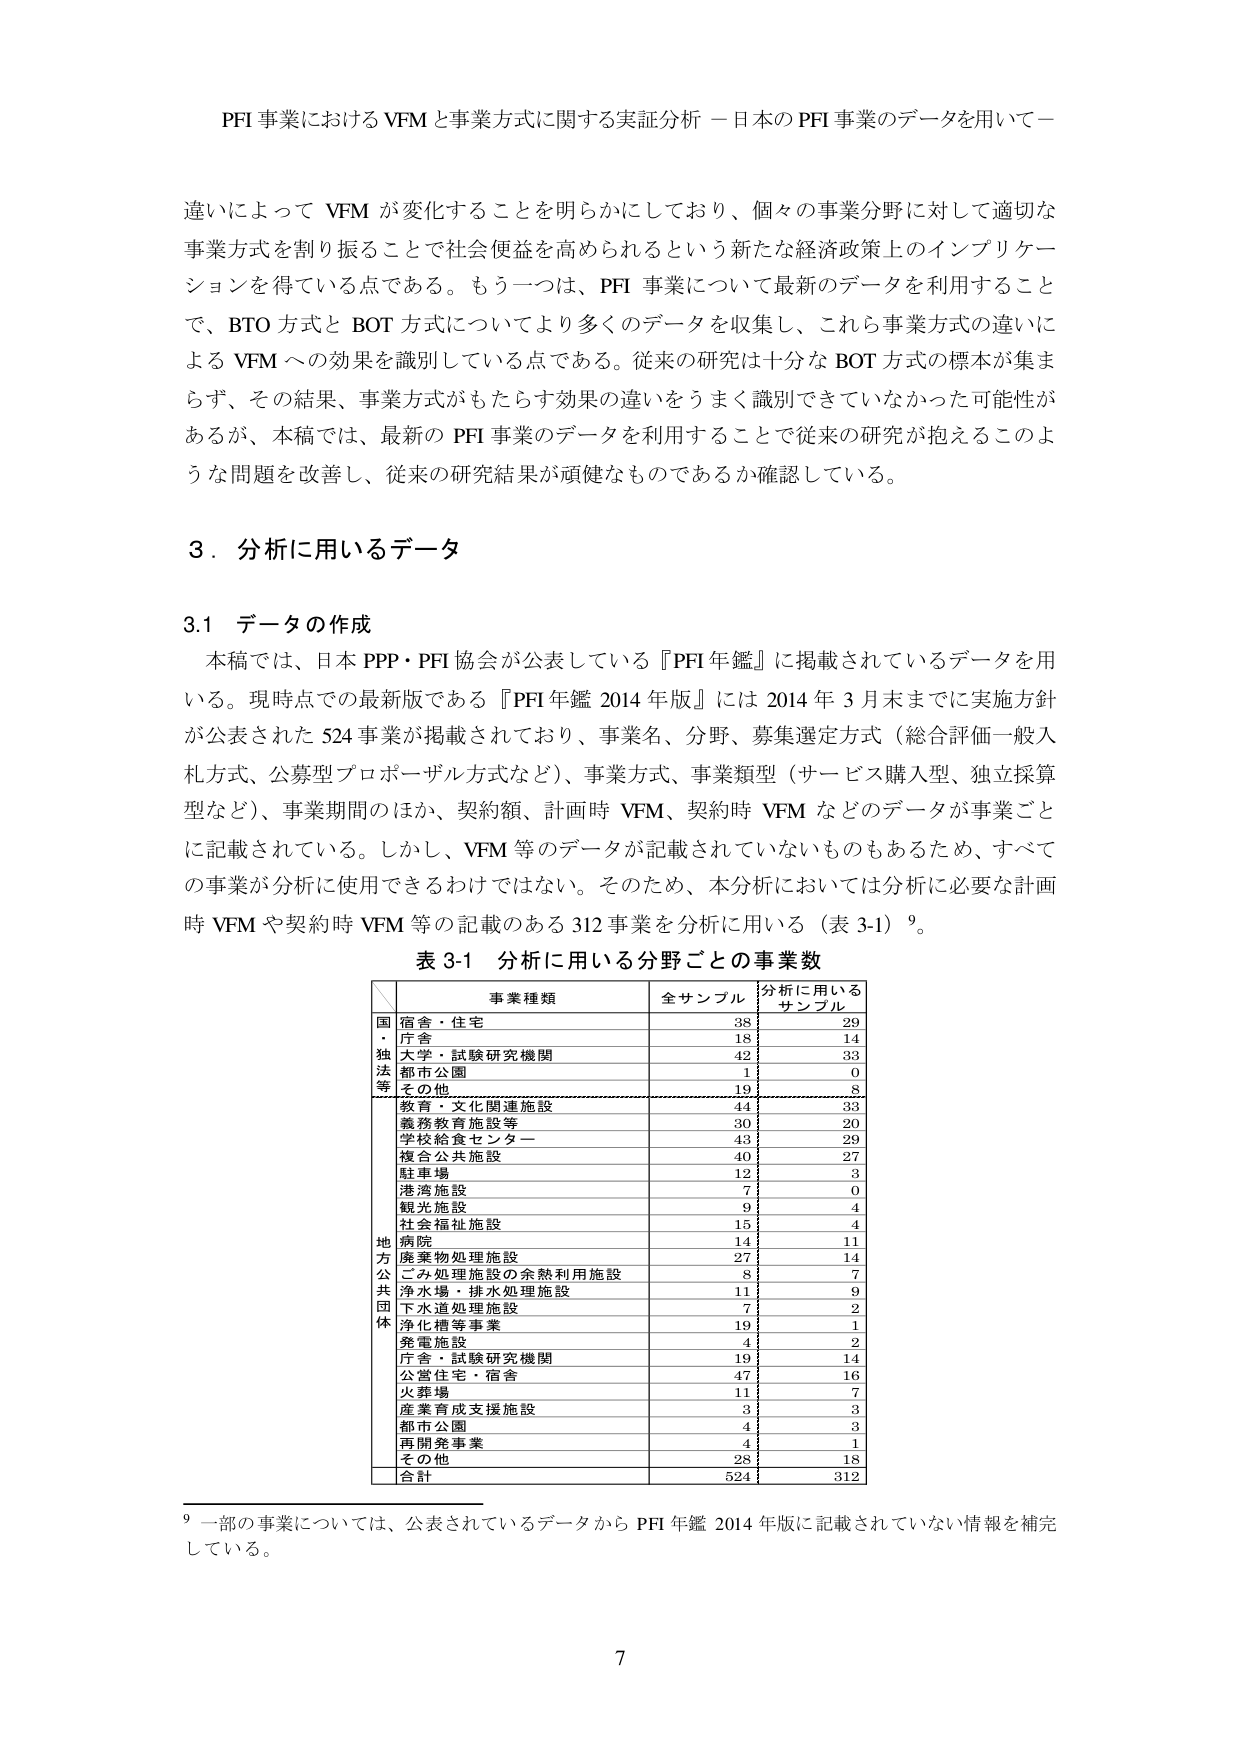
PFI 事業における VFM と事業方式に関する実証分析 －日本の PFI 事業のデータを用いて－

違いによって VFM が変化することを明らかにしており、個々の事業分野に対して適切な事業方式を割り振ることで社会便益を高められるという新たな経済政策上のインプリケーションを得ている点である。もう一つは、PFI 事業について最新のデータを利用することで、BTO 方式と BOT 方式についてより多くのデータを収集し、これら事業方式の違いによる VFM への効果を識別している点である。従来の研究は十分な BOT 方式の標本が集まらず、その結果、事業方式がもたらす効果の違いをうまく識別できていなかった可能性があるが、本稿では、最新の PFI 事業のデータを利用することで従来の研究が抱えるこのような問題を改善し、従来の研究結果が頑健なものであるか確認している。

3．分析に用いるデータ

3.1 データの作成

本稿では、日本 PPP・PFI 協会が公表している『PFI 年鑑』に掲載されているデータを用いる。現時点での最新版である『PFI 年鑑 2014 年版』には 2014 年 3 月末までに実施方針が公表された 524 事業が掲載されており、事業名、分野、募集選定方式（総合評価一般入札方式、公募型プロポーザル方式など）、事業方式、事業類型（サービス購入型、独立採算型など）、事業期間のほか、契約額、計画時 VFM、契約時 VFM などのデータが事業ごとに記載されている。しかし、VFM 等のデータが記載されていないものもあるため、すべての事業が分析に使用できるわけではない。そのため、本分析においては分析に必要な計画時 VFM や契約時 VFM 等の記載のある 312 事業を分析に用いる（表 3-1）⁹。

表 3-1 分析に用いる分野ごとの事業数

| | 事業種類 | 全サンプル | 分析に用いるサンプル |
|---|---|---|---|
| 国 | 宿舎・住宅 | 38 | 29 |
| | 庁舎 | 18 | 14 |
| 独 | 大学・試験研究機関 | 42 | 33 |
| 法 | 都市公園 | 1 | 0 |
| 等 | その他 | 19 | 8 |
| | 教育・文化関連施設 | 44 | 33 |
| | 義務教育施設等 | 30 | 20 |
| | 学校給食センター | 43 | 29 |
| | 複合公共施設 | 40 | 27 |
| | 駐車場 | 12 | 3 |
| | 港湾施設 | 7 | 0 |
| | 観光施設 | 9 | 4 |
| | 社会福祉施設 | 15 | 4 |
| 地 | 病院 | 14 | 11 |
| 方 | 廃棄物処理施設 | 27 | 14 |
| 公 | ごみ処理施設の余熱利用施設 | 8 | 7 |
| 共 | 浄水場・排水処理施設 | 11 | 9 |
| 団 | 下水道処理施設 | 7 | 2 |
| 体 | 浄化槽等事業 | 19 | 1 |
| | 発電施設 | 4 | 2 |
| | 庁舎・試験研究機関 | 19 | 14 |
| | 公営住宅・宿舎 | 47 | 16 |
| | 火葬場 | 11 | 7 |
| | 産業育成支援施設 | 3 | 3 |
| | 都市公園 | 4 | 3 |
| | 再開発事業 | 4 | 1 |
| | その他 | 28 | 18 |
| | 合計 | 524 | 312 |

⁹ 一部の事業については、公表されているデータから PFI 年鑑 2014 年版に記載されていない情報を補完している。

7